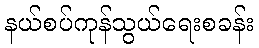
နယ်စပ်ကုန်သွယ်ရေးစခန်း